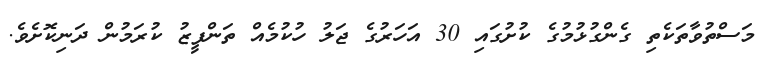
މަސްތުވާތަކެތި ގެންގުޅުމުގެ ކުށުގައި 30 އަހަރުގެ ޖަލު ހުކުމެއް ތަންފީޒު ކުރަމުން ދަނިކޮށެވެ.